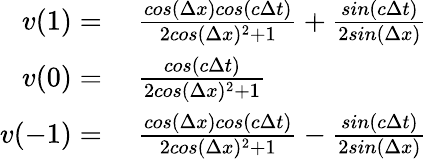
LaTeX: \begin{array}{rl}{v(1)={}}&{{}\frac{cos(\Delta x)cos(c\Delta t)}{2cos(\Delta x)^{2}+1}+\frac{sin(c\Delta t)}{2sin(\Delta x)}}\\ {v(0)={}}&{{}\frac{cos(c\Delta t)}{2cos(\Delta x)^{2}+1}}\\ {v(-1)={}}&{{}\frac{cos(\Delta x)cos(c\Delta t)}{2cos(\Delta x)^{2}+1}-\frac{sin(c\Delta t)}{2sin(\Delta x)}}\end{array}